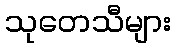
သုတေသီများ